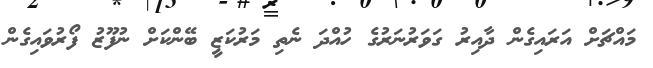
މައްޗަށް އަރައިގެން ދާއިރު ގަވަރުނަރުގެ ހުއްދަ ނެތި މަރުކަޒީ ބޭންކަށް ނުފޫޒު ފޯރުވައިގެން